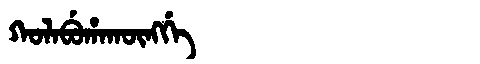
Manchu: ᡴᠣᠯᠠᠪᡠᡥᠠᡴᡡᠩᡤᡝ
Romanization: KOLABUHAKŪNGGE